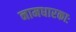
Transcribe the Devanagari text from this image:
नामधारकाः